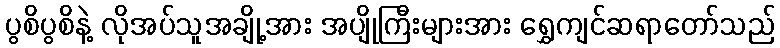
ပွစိပွစိနဲ့ လိုအပ်သူအချို့အား အပျိုကြီးများအား ရွှေကျင်ဆရာတော်သည်